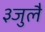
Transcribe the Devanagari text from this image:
३जुलै